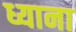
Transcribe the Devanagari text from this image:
ध्याना